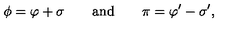
\phi = \varphi + \sigma \qquad \mathrm { a n d } \qquad \pi = \varphi ^ { \prime } - \sigma ^ { \prime } ,